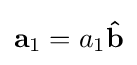
\mathbf {a} _{1}=a_{1}\mathbf {\hat {b}}